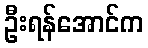
ဦးရန်အောင်က